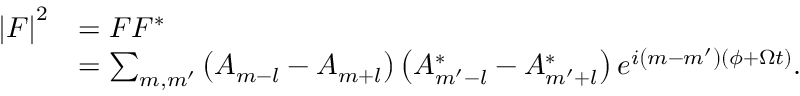
\begin{array} { r l } { \left\vert F \right\vert ^ { 2 } } & { = F F ^ { \ast } } \\ & { = \sum _ { m , m ^ { \prime } } \left( A _ { m - l } - A _ { m + l } \right) \left( A _ { m ^ { \prime } - l } ^ { \ast } - A _ { m ^ { \prime } + l } ^ { \ast } \right) e ^ { i \left( m - m ^ { \prime } \right) \left( \phi + \Omega t \right) } . } \end{array}